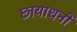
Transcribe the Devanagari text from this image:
छायाधनों